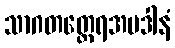
သာဂတတ္ထေရအပဒါနံ